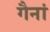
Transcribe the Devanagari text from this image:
गैनां